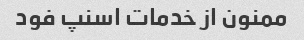
ممنون از خدمات اسنپ فود